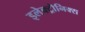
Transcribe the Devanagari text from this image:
इलेक्ट्रॊनिक्स